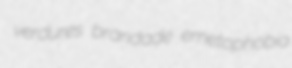
verdures brandade emetophobia